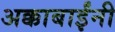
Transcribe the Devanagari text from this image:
अक्काबाईंनी